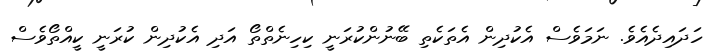
ހަދައިދެއެވެ. ނަމަވެސް އެކުދިން އެތަކެތި ބޭނުންކުރަނީ ކިހިނެތްތޯ އަދި އެކުދިން ކުރަނީ ކީއްތޯވެސް